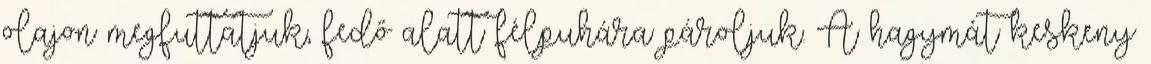
olajon megfuttatjuk, fedő alatt félpuhára pároljuk. A hagymát keskeny